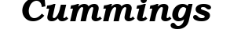
Cummings